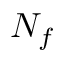
N _ { f }